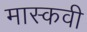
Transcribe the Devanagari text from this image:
मास्कवी